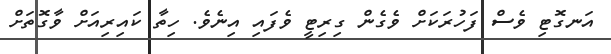
އަނގޮޓި ވެސް ފަހުރަކަށް ވެގެން ގިރިޓީ ވެފައި އިނެވެ. ހިތާ ކައިރިއަށް ވާގޮތަށް